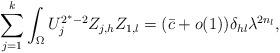
LaTeX: \begin{align*} \sum_{j=1}^{k} \int_{\Omega } U_j^{2^{*}-2}Z_{j,h}Z_{1,l}= ( \bar{c} +o(1)) \delta_{hl}\lambda^{2n_l}, \end{align*}